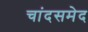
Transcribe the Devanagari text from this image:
चांदसमेद